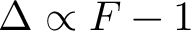
\Delta \propto F - 1